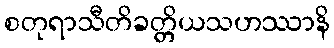
စတုရာသီတိခတ္တိယသဟဿာနိ